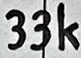
Text: 33k